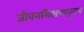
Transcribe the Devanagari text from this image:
जीवनशिक्षणातूनच